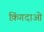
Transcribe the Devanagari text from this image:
क़िंगदाओ